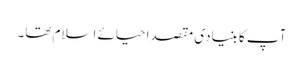
آپ کا بنیادی مقصداحیائے اسلام تھا۔